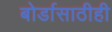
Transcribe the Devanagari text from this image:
बोर्डासाठीही